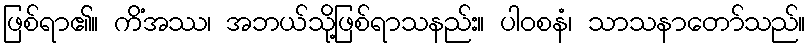
ဖြစ်ရာ၏။ ကိံအဿ၊ အဘယ်သို့ဖြစ်ရာသနည်း။ ပါဝစနံ၊ သာသနာတော်သည်။